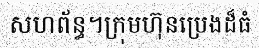
សហព័ន្ធ។ក្រុមហ៊ុនប្រេងដ៏ធំ